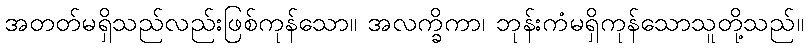
အတတ်မရှိသည်လည်းဖြစ်ကုန်သော။ အလက္ခိကာ၊ ဘုန်းကံမရှိကုန်သောသူတို့သည်။